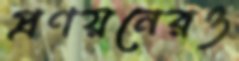
প্রণয়নেরও